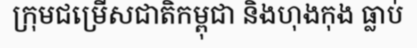
ក្រុមជម្រើសជាតិកម្ពុជា និងហុងកុង ធ្លាប់